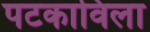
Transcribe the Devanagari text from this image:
पटकाविला